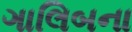
ગાલિબના